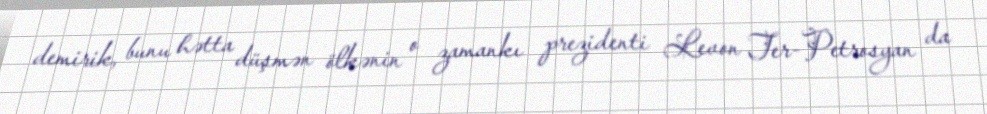
demirik, bunu hətta düşmən ölkənin o zamankı prezidenti Levon Ter-Petrosyan da